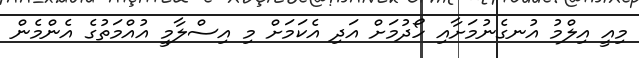
މިއީ އިލްމު އުނގެނުމަށާއި ހޯދުމަށް އަދި އެކަމަށް މި އިސްލާމީ އުއްމަތުގެ އެންމެން